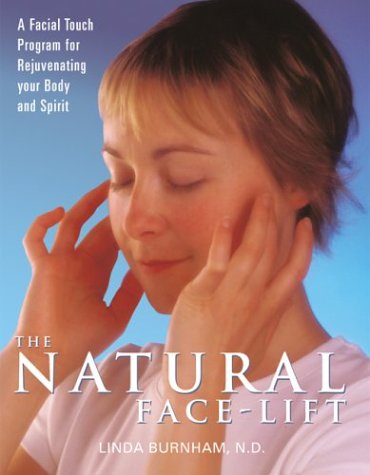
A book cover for The Natural Face-Lift: A Facial Touch Program for Rejuvenating Your Body and Spirit; Linda Burnham; Health, Fitness & Dieting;